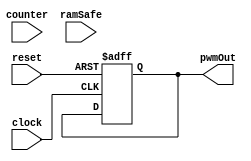
// This program was cloned from: https://github.com/HurleyResearch/nRFICE
// License: GNU General Public License v3.0


module pwm (
	clock,
	reset,

	counter,
	ramSafe,

	pwmOut
);


input  clock;
input [15:0] counter;
input  ramSafe;
input  reset;

output  pwmOut;


// ------------------------------
//        Define States          
// ------------------------------

parameter [2:0] CONFIGRAM1 = 3'b10;
parameter [2:0] CONFIGRAM2 = 3'b11;
parameter [2:0] CONFIGRAM3 = 3'b100;
parameter [2:0] CONFIGURE = 3'b01;
parameter [2:0] IDLE = 3'b00;

parameter  newParameter = 1'b1;



// ------------------------------
//        Definitions          
// ------------------------------


wire  clock;
wire [15:0] counter;
wire  ramSafe;
wire  reset;

reg [15:0] onTime;
reg  pwmOut;

reg [4:0] state;
reg [4:0] next;
// ------------------------------
//       Common Code, not used         
// ------------------------------


// ------------------------------
//       Code Block         
// ------------------------------
// hopefully no code block


// ------------------------------
//       Input Buffering         
// ------------------------------



always @ (posedge clock or posedge reset) begin 
	if (reset) begin
	end
	else begin
	end
end


// ------------------------------
//   State Switching Block       
// ------------------------------


always @ (posedge clock or posedge reset) begin
	if (reset)	begin
            state <= 5'b0;
            state[IDLE] <= 1'b1;
	end
	else state <= next;
end



// ------------------------------
//          Input Block         
// ------------------------------


always @ ( state , counter , ramSafe) begin
	next = 5'b0;
	case (1'b1)
		state[CONFIGRAM1]  :  begin
			next[CONFIGRAM2] = 1'b1;
		end
		state[CONFIGRAM2]  :  begin
			next[CONFIGRAM3] = 1'b1;
		end
		state[CONFIGRAM3]  :  begin
			next[IDLE] = 1'b1;
		end
		state[CONFIGURE]  :  begin
			next[CONFIGRAM1] = 1'b1;
		end
		state[IDLE]  :  begin
			if( counter >= 16'hefff && ramSafe == 1'b1 )
				next[CONFIGURE] = 1'b1;
			else 
				next[IDLE] = 1'b1;
		end
	endcase
end      // end of input block


// ------------------------------
//         Output Block          
// ------------------------------



always @ (posedge clock or posedge reset) begin 
	if (reset) begin
		onTime <= 16'b0;
		pwmOut <= 1'b0;
	end
	else begin
		onTime <= onTime;
		pwmOut <= pwmOut;
		case (1'b1)
			state[CONFIGRAM1]  :  begin
			end
			state[CONFIGRAM2]  :  begin
			end
			state[CONFIGRAM3]  :  begin
			end
			state[CONFIGURE]  :  begin
			end
			state[IDLE]  :  begin
			end

		endcase
	end

end      // end of output always block

endmodule      // end of module pwm